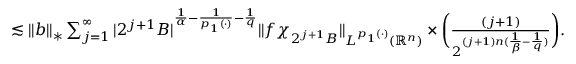
\begin{array} { r l } & { \lesssim \| b \| _ { * } \sum _ { j = 1 } ^ { \infty } | 2 ^ { j + 1 } B | ^ { \frac { 1 } { \alpha } - \frac { 1 } { p _ { 1 } ( \cdot ) } - \frac { 1 } { q } } \| f \chi _ { 2 ^ { j + 1 } B } \| _ { L ^ { p _ { 1 } ( \cdot ) } ( \mathbb { R } ^ { n } ) } \times \bigg ( \frac { ( j + 1 ) } { 2 ^ { ( j + 1 ) n ( \frac { 1 } { \beta } - \frac { 1 } { q } ) } } \bigg ) . } \end{array}